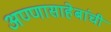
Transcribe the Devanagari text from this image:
अण्णासाहेबांची